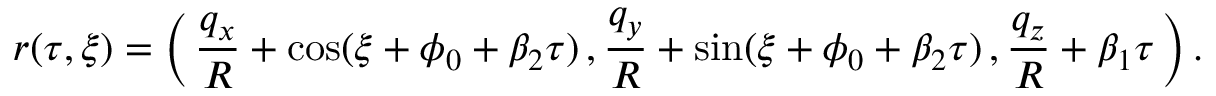
\boldsymbol { r } ( \tau , \xi ) = \Bigl ( \, \frac { q _ { x } } { R } + \cos ( \xi + \phi _ { 0 } + \beta _ { 2 } \tau ) \, , \frac { q _ { y } } { R } + \sin ( \xi + \phi _ { 0 } + \beta _ { 2 } \tau ) \, , \frac { q _ { z } } { R } + \beta _ { 1 } \tau \, \Bigr ) \, .